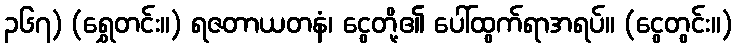
၃၆၇) (ရွှေတင်း။) ရဇတာယတနံ၊ ငွေတို့၏ ပေါ်ထွက်ရာအရပ်။ (ငွေတွင်း။)